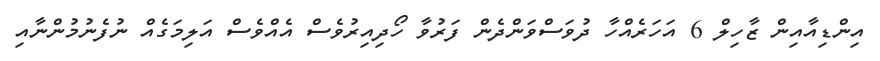
އިންޑިއާއިން ޒާހިލް 6 އަހަރެއްހާ ދުވަސްވަންދެން ފަރުވާ ހޯދިއިރުވެސް އެއްވެސް އަލިމަގެއް ނުފެނުމުންނާއި